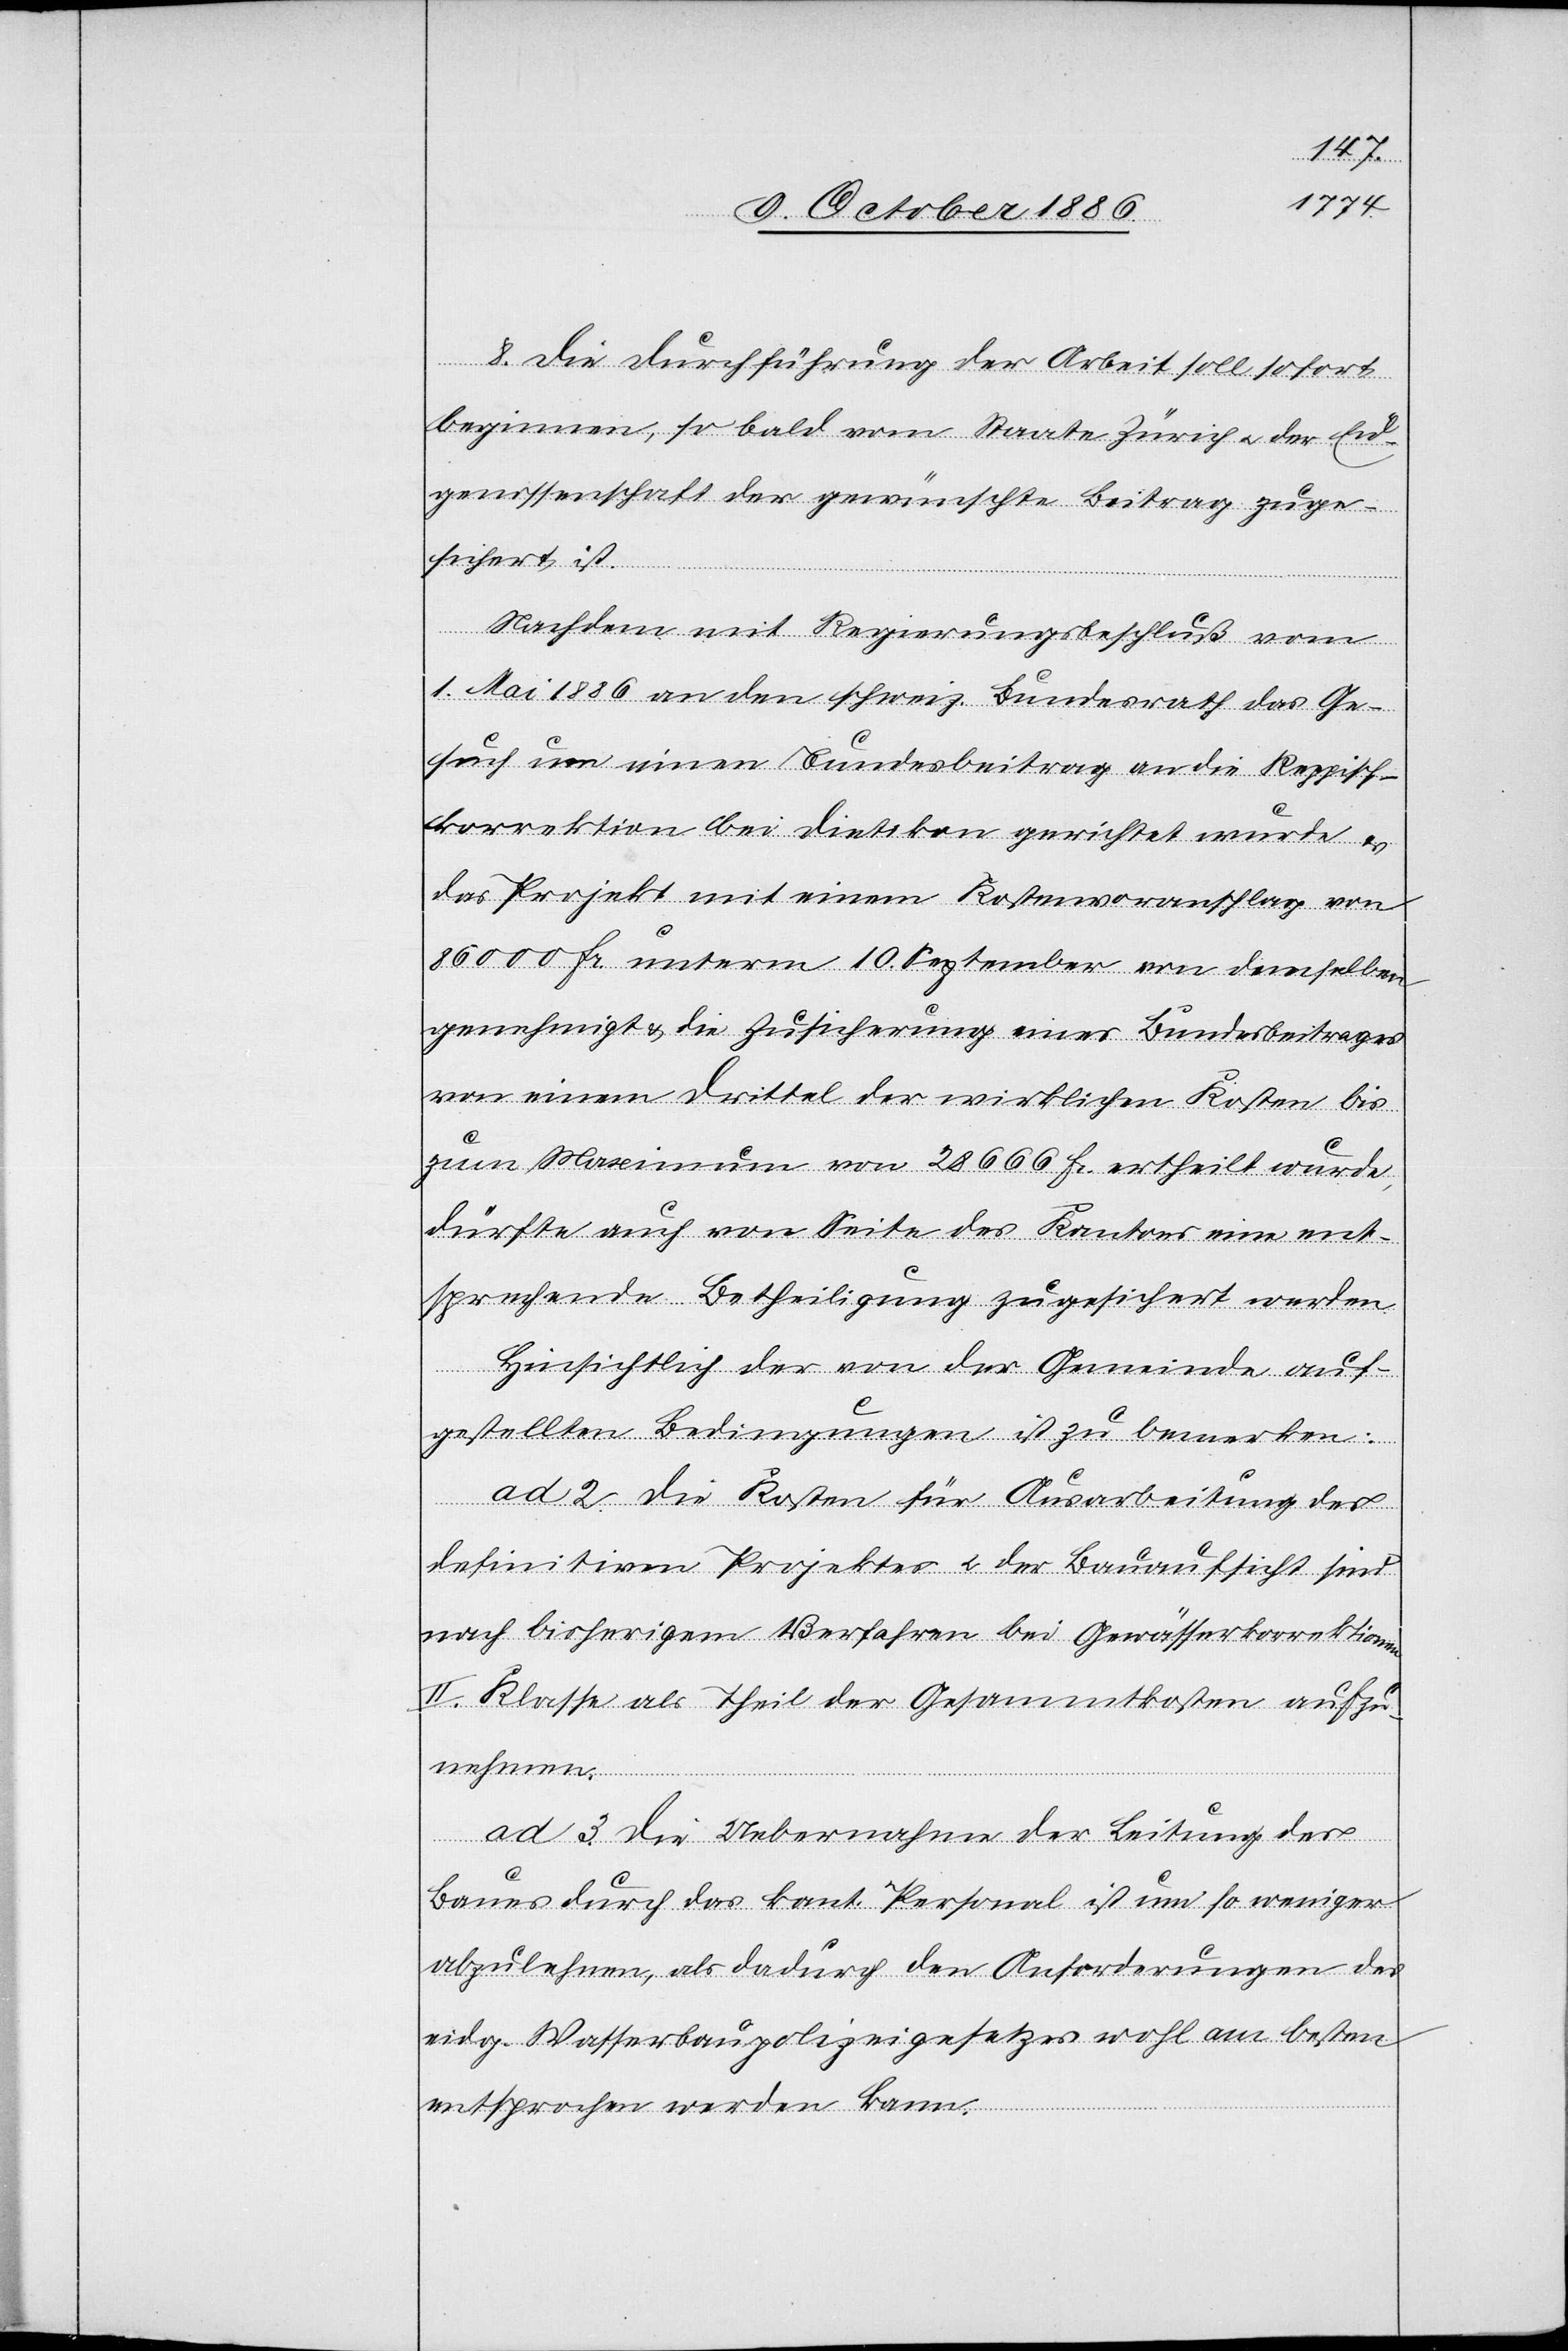
8. Die Durchführung der Arbeit soll sofort
beginnen, so bald vom Staate Zürich & der Eid¬
genossenschaft der gewünschte Beitrag zuge¬
sichert ist.
Nachdem mit Regierungsbeschluß vom
1. Mai 1886 an den schweiz. Bundesrath das Ge¬
such um einen Bundesbeitrag an die Reppisch¬
korrektion bei Dietikon gerichtet wurde &
das Projekt mit einem Kostenvoranschlag von
86 000 Fr. unterm 10. September von demselben
genehmigt & die Zusicherung eines Bundesbeitrages
von einem Drittel der wirklichen Kosten bis
zum Maximum von 28 666 Fr. ertheilt wurde,
dürfte auch von Seite des Kantons eine ent¬
sprechende Betheiligung zugesichert werden.
Hinsichtlich der von der Gemeinde auf¬
gestellten Bedingungen ist zu bemerken:
ad 2. Die Kosten für Ausarbeitung des
definitiven Projektes & der Bauaufsicht sind
nach bisherigem Verfahren bei Gewässerkorrektionen
II. Klasse als Theil der Gesammtkosten aufzu¬
nehmen.
ad 3. Die Uebernahme der Leitung des
Baues durch das kant. Personal ist um so weniger
abzulehnen, als dadurch den Anforderungen des
eidg. Wasserbaupolizeigesetzes wohl am besten
entsprochen werden kann.